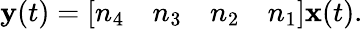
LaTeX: {\textbf{y}}(t)={\left[\begin{array}{llll}{n_{4}}&{n_{3}}&{n_{2}}&{n_{1}}\end{array}\right]}{\textbf{x}}(t).